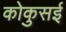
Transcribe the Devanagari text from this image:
कोकुसई